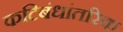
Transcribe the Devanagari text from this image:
कटिबंधांतरिक